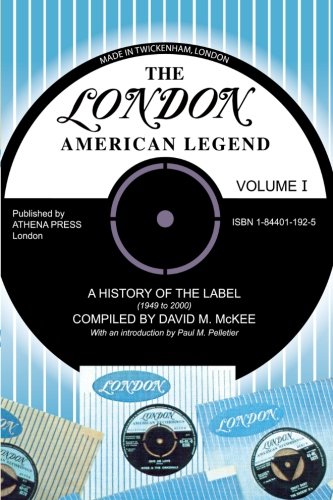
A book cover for The London-american Legend: A History of the Label 1949 To 2000, Vol. 1; David M. McKee; Reference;